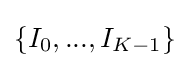
\{I_{0},...,I_{K-1}\}